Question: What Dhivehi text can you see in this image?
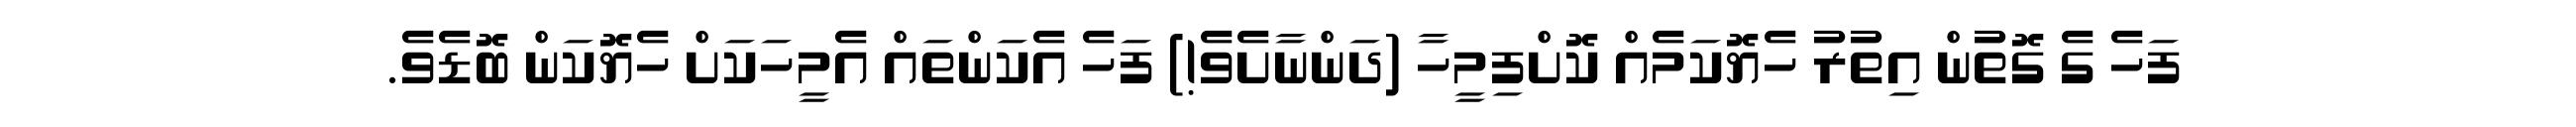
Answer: ފަހެ ގެ ގޮތުން އިތުރު ހެޔޮކަމެއް ކޮށްފިމީހާ (ދަންނާށެވެ!) ފަހެ އެކަންތައް އެމީހަކަށް ހެޔޮކަން ބޮޑެވެ.